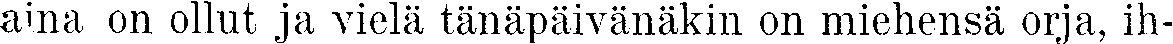
aina on ollut ja vielä tänäpäivänäkin on miehensä orja, ih-